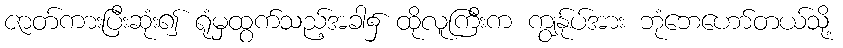
ဇာတ်ကားပြီးဆုံး၍ ရုံမှထွက်သည့်အခါ၌ ထိုလူကြီးက ကျွန်ုပ်အား ဘုံဘေဟော်တယ်သို့